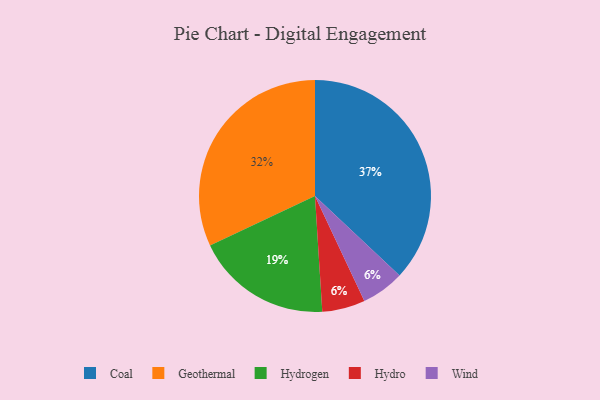
{"axis": {"x": "Category", "y": "Percentage"}, "legend": ["Coal", "Geothermal", "Hydro", "Hydrogen", "Wind"], "data": [{"x": "Coal", "y": 37, "type": "Coal"}, {"x": "Hydro", "y": 6, "type": "Hydro"}, {"x": "Hydrogen", "y": 19, "type": "Hydrogen"}, {"x": "Wind", "y": 6, "type": "Wind"}, {"x": "Geothermal", "y": 32, "type": "Geothermal"}]}